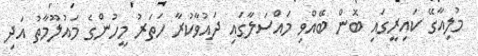
މުލިއާގޭ ކައިރީގައި ބޮން ބޭއްވި މައްސަލާގައި ދައުވާކުރާ ހަތަރު މީހުންގެ މައުލޫމާތު އަދި